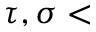
\tau , \sigma <